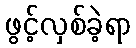
ဖွင့်လှစ်ခဲ့ရာ